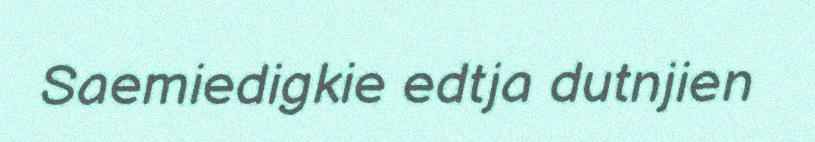
Saemiedigkie edtja dutnjien